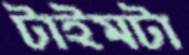
টাইমটা